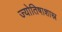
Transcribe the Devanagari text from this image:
ज्योतिषाशास्र